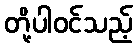
တို့ပါဝင်သည့်